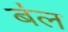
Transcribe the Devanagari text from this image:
ब॑ल